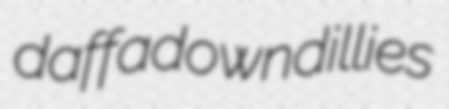
daffadowndillies